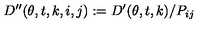
D ^ { \prime \prime } ( \theta , t , k , i , j ) : = D ^ { \prime } ( \theta , t , k ) / P _ { i j } \,